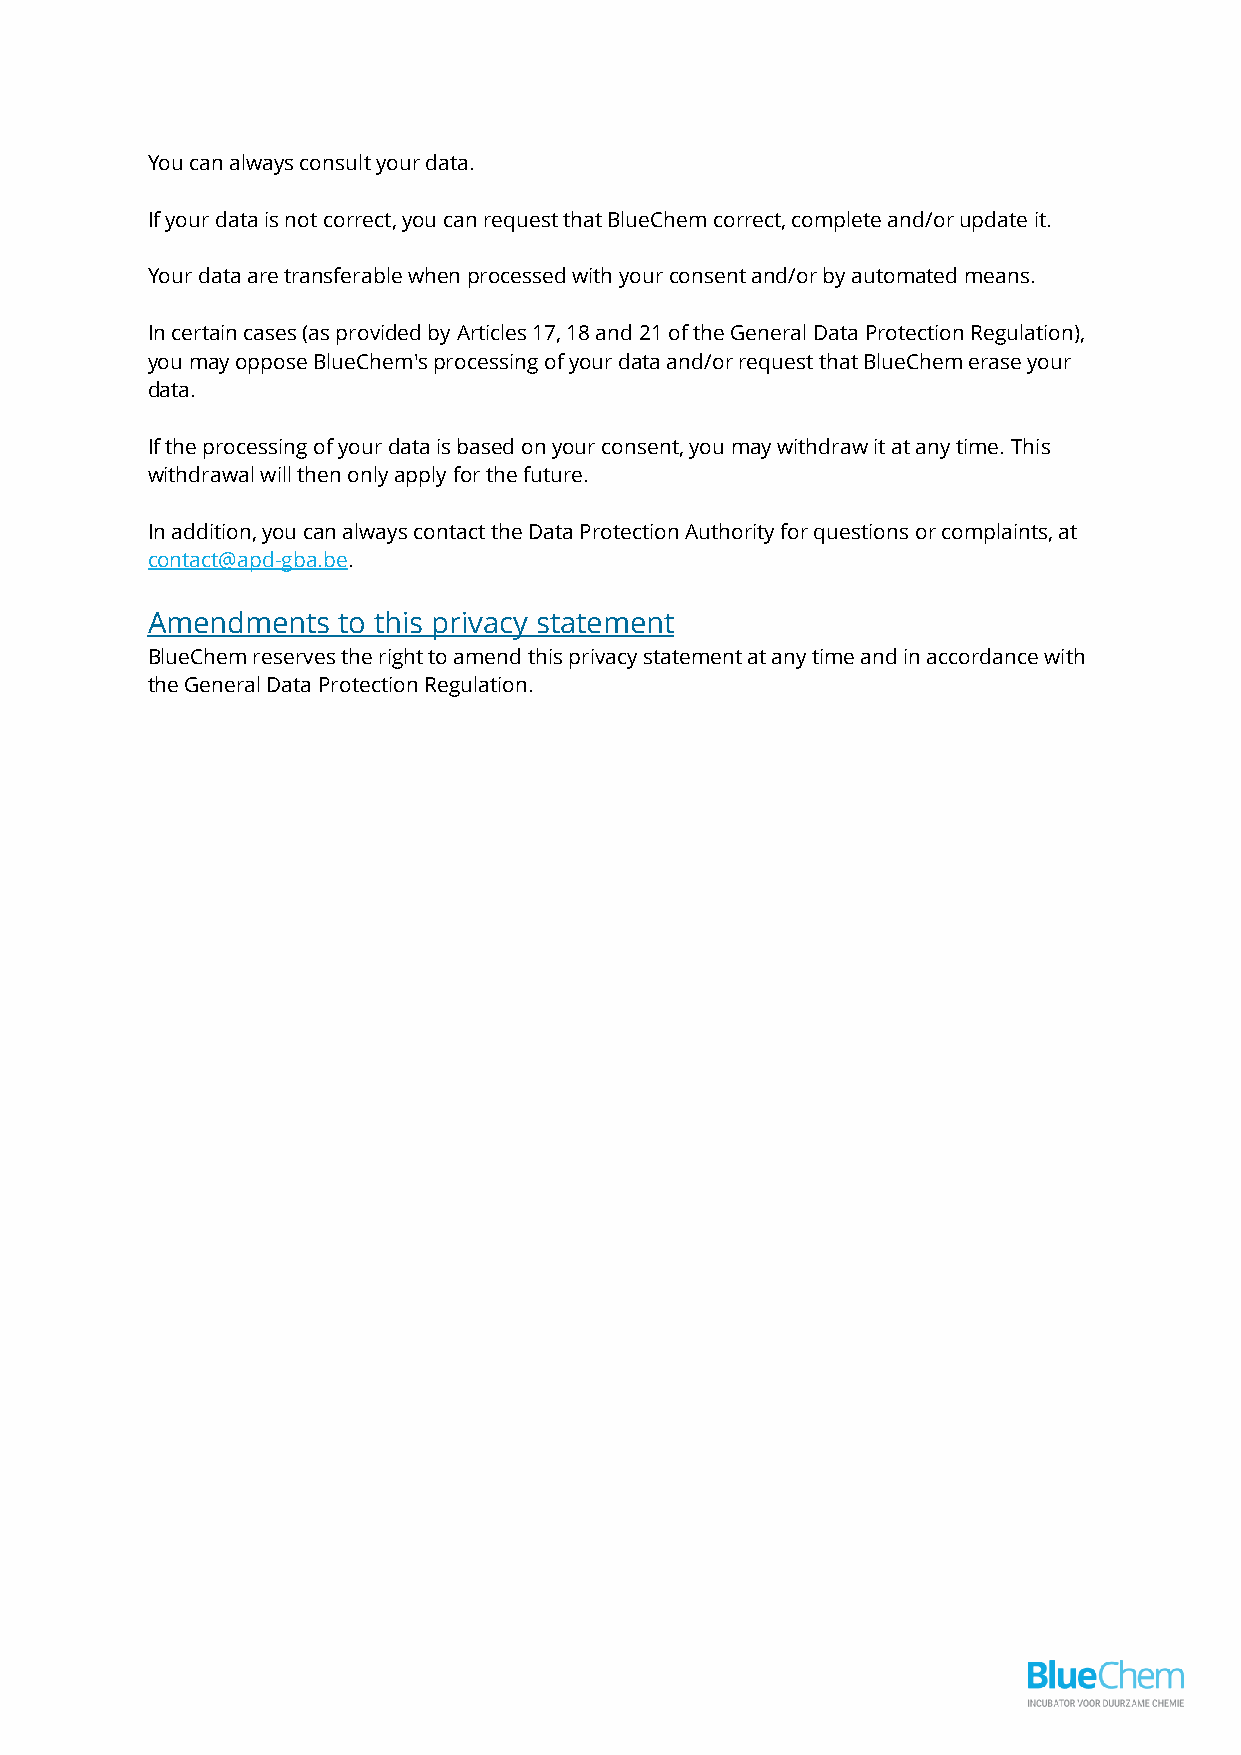
You can always consult your data.
 If your data is not correct, you can request that BlueChem correct, complete and/or update it.
 Your data are transferable when processed with your consent and/or by automated means.
 In certain cases (as provided by Articles 17, 18 and 21 of the General Data Protection Regulation),
 you may oppose BlueChem's processing of your data and/or request that BlueChem erase your
 data.
 If the processing of your data is based on your consent, you may withdraw it at any time. This
 withdrawal will then only apply for the future.
 In addition, you can always contact the Data Protection Authority for questions or complaints, at
 contact@apd-gba.be.
 Amendments  to this privacy statement
 BlueChem reserves the right to amend this privacy statement at any time and in accordance with
 the General Data Protection Regulation.